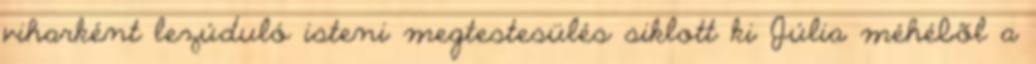
viharként lezúduló isteni megtestesülés siklott ki Júlia méhébõl a